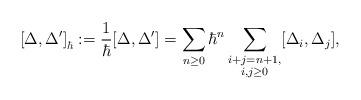
LaTeX: \begin{align*} \left[\Delta,\Delta'\right]_\hbar:= \frac{1}{\hbar}[\Delta, \Delta']=\sum_{n\geq 0} \hbar^n \sum_{ \substack{i+j=n+1,\\ i, j \geq 0}}[\Delta_{i},\Delta_{j}],\end{align*}